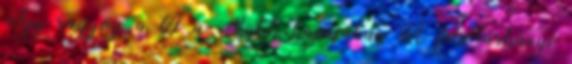
Így ragyog a tél a Bükk kapujában A felsőtárkányi